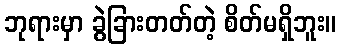
ဘုရားမှာ ခွဲခြားတတ်တဲ့ စိတ်မရှိဘူး။